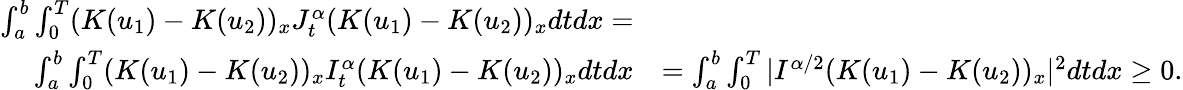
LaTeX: \begin{array}{rl}{\int_{a}^{b}\int_{0}^{T}(K(u_{1})-K(u_{2}))_{x}J_{t}^{\alpha}(K(u_{1})-K(u_{2}))_{x}dtdx=}\\ {\int_{a}^{b}\int_{0}^{T}(K(u_{1})-K(u_{2}))_{x}I_{t}^{\alpha}(K(u_{1})-K(u_{2}))_{x}dtdx}&{=\int_{a}^{b}\int_{0}^{T}|I^{\alpha/2}(K(u_{1})-K(u_{2}))_{x}|^{2}dtdx\geq 0.}\end{array}